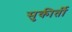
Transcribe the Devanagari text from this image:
सुकीर्ती